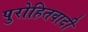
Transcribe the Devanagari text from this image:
पुरोहितवादी